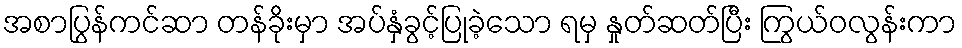
အစာပြွန်ကင်ဆာ တန်ခိုးမှာ အပ်နှံခွင့်ပြုခဲ့သော ရမှ နှုတ်ဆတ်ပြီး ကြွယ်ဝလွန်းကာ